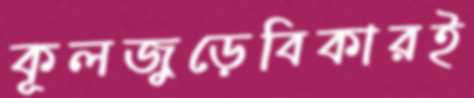
কূলজুড়েবিকারই